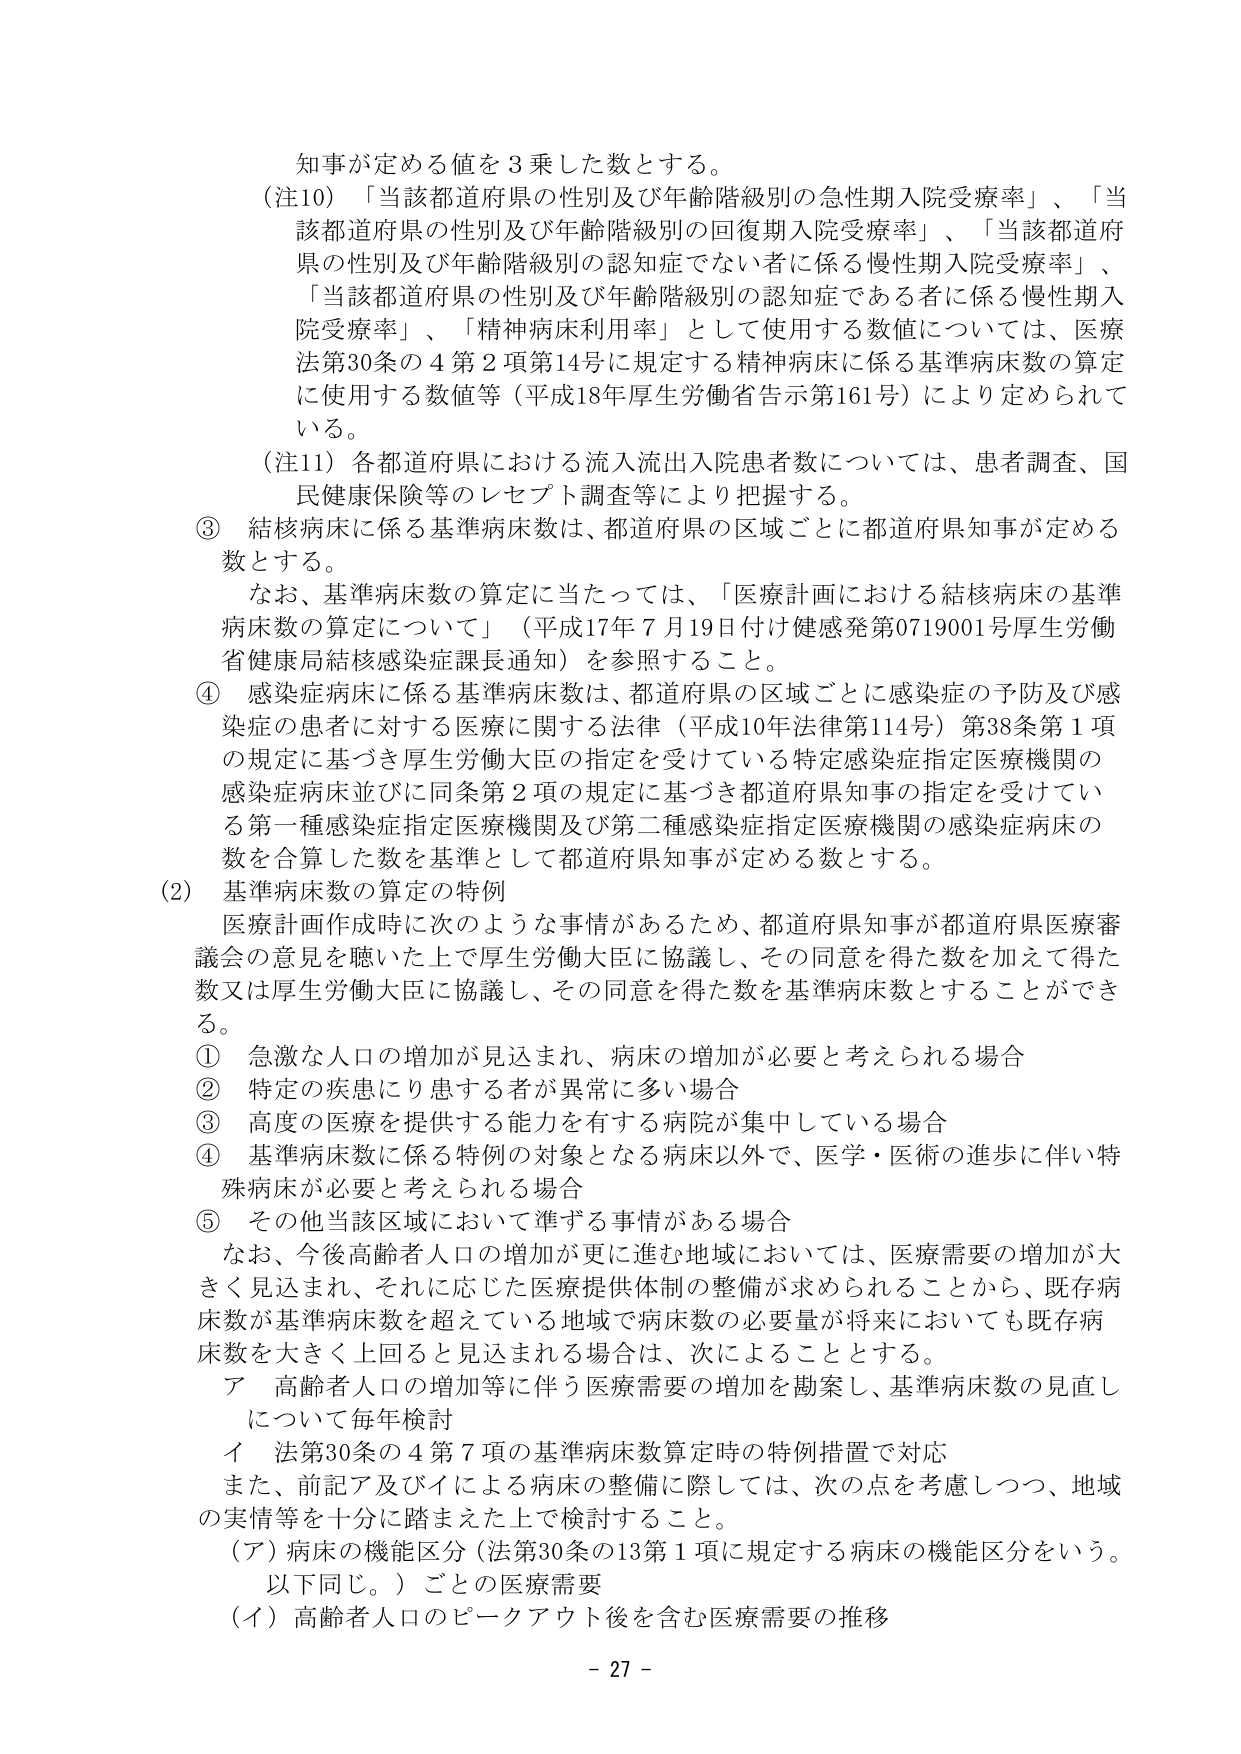
知事が定める値を３乗した数とする。

（注10）「当該都道府県の性別及び年齢階級別の急性期入院受療率」、「当該都道府県の性別及び年齢階級別の回復期入院受療率」、「当該都道府県の性別及び年齢階級別の認知症でない者に係る慢性期入院受療率」、「当該都道府県の性別及び年齢階級別の認知症である者に係る慢性期入院受療率」、「精神病床利用率」として使用する数値については、医療法第30条の４第２項第14号に規定する精神病床に係る基準病床数の算定に使用する数値等（平成18年厚生労働省告示第161号）により定められている。

（注11）各都道府県における流入流出入院患者数については、患者調査、国民健康保険等のレセプト調査等により把握する。

③ 結核病床に係る基準病床数は、都道府県の区域ごとに都道府県知事が定める数とする。

　なお、基準病床数の算定に当たっては、「医療計画における結核病床の基準病床数の算定について」（平成17年７月19日付け健発第0719001号厚生労働省健康局結核感染症課長通知）を参照すること。

④ 感染症病床に係る基準病床数は、都道府県の区域ごとに感染症の予防及び感染症の患者に対する医療に関する法律（平成10年法律第114号）第38条第１項の規定に基づき厚生労働大臣の指定を受けている特定感染症指定医療機関の感染症病床並びに同条第２項の規定に基づき都道府県知事の指定を受けている第一種感染症指定医療機関及び第二種感染症指定医療機関の感染症病床の数を合算した数を基準として都道府県知事が定める数とする。

（2）基準病床数の算定の特例

　医療計画作成時に次のような事情があるため、都道府県知事が都道府県医療審議会の意見を聴いた上で厚生労働大臣に協議し、その同意を得た数を加えて得た数又は厚生労働大臣に協議し、その同意を得た数を基準病床数とすることができる。

① 急激な人口の増加が見込まれ、病床の増加が必要と考えられる場合

② 特定の疾患にり患する者が異常に多い場合

③ 高度の医療を提供する能力を有する病院が集中している場合

④ 基準病床数に係る特例の対象となる病床以外で、医学・医術の進歩に伴い特殊病床が必要と考えられる場合

⑤ その他当該区域において準ずる事情がある場合

　なお、今後高齢者人口の増加が更に進む地域においては、医療需要の増加が大きく見込まれ、それに応じた医療提供体制の整備が求められることから、既存病床数が基準病床数を超えている地域で病床数の必要量が将来においても既存病床数を大きく上回ると見込まれる場合は、次によることとする。

　ア 高齢者人口の増加等に伴う医療需要の増加を勘案し、基準病床数の見直しについて毎年検討

　　イ 法第30条の４第７項の基準病床数算定時の特例措置で対応

　また、前記ア及びイによる病床の整備に際しては、次の点を考慮しつつ、地域の実情等を十分に踏まえた上で検討すること。

　（ア）病床の機能区分（法第30条の13第１項に規定する病床の機能区分をいう。以下同じ。）ごとの医療需要

　（イ）高齢者人口のピークアウト後を含む医療需要の推移

- 27 -